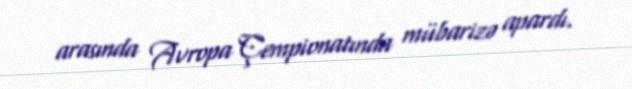
arasında Avropa Çempionatında mübarizə apardı.